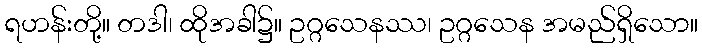
ရဟန်းတို့။ တဒါ၊ ထိုအခါ၌။ ဥဂ္ဂသေနဿ၊ ဥဂ္ဂသေန အမည်ရှိသော။